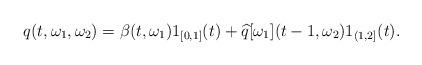
LaTeX: \begin{align*}q(t,\omega_1,\omega_2) = \beta(t,\omega_1)1_{[0,1]}(t) + \widehat q[\omega_1](t-1,\omega_2)1_{(1,2]}(t). \end{align*}